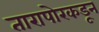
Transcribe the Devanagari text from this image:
तारापोरकडून